DOW-UAP-D49, Launch Summary, Vandenberg AFB, 2000
Agency: Department of War
Incident date: 2/3/00
Page 79
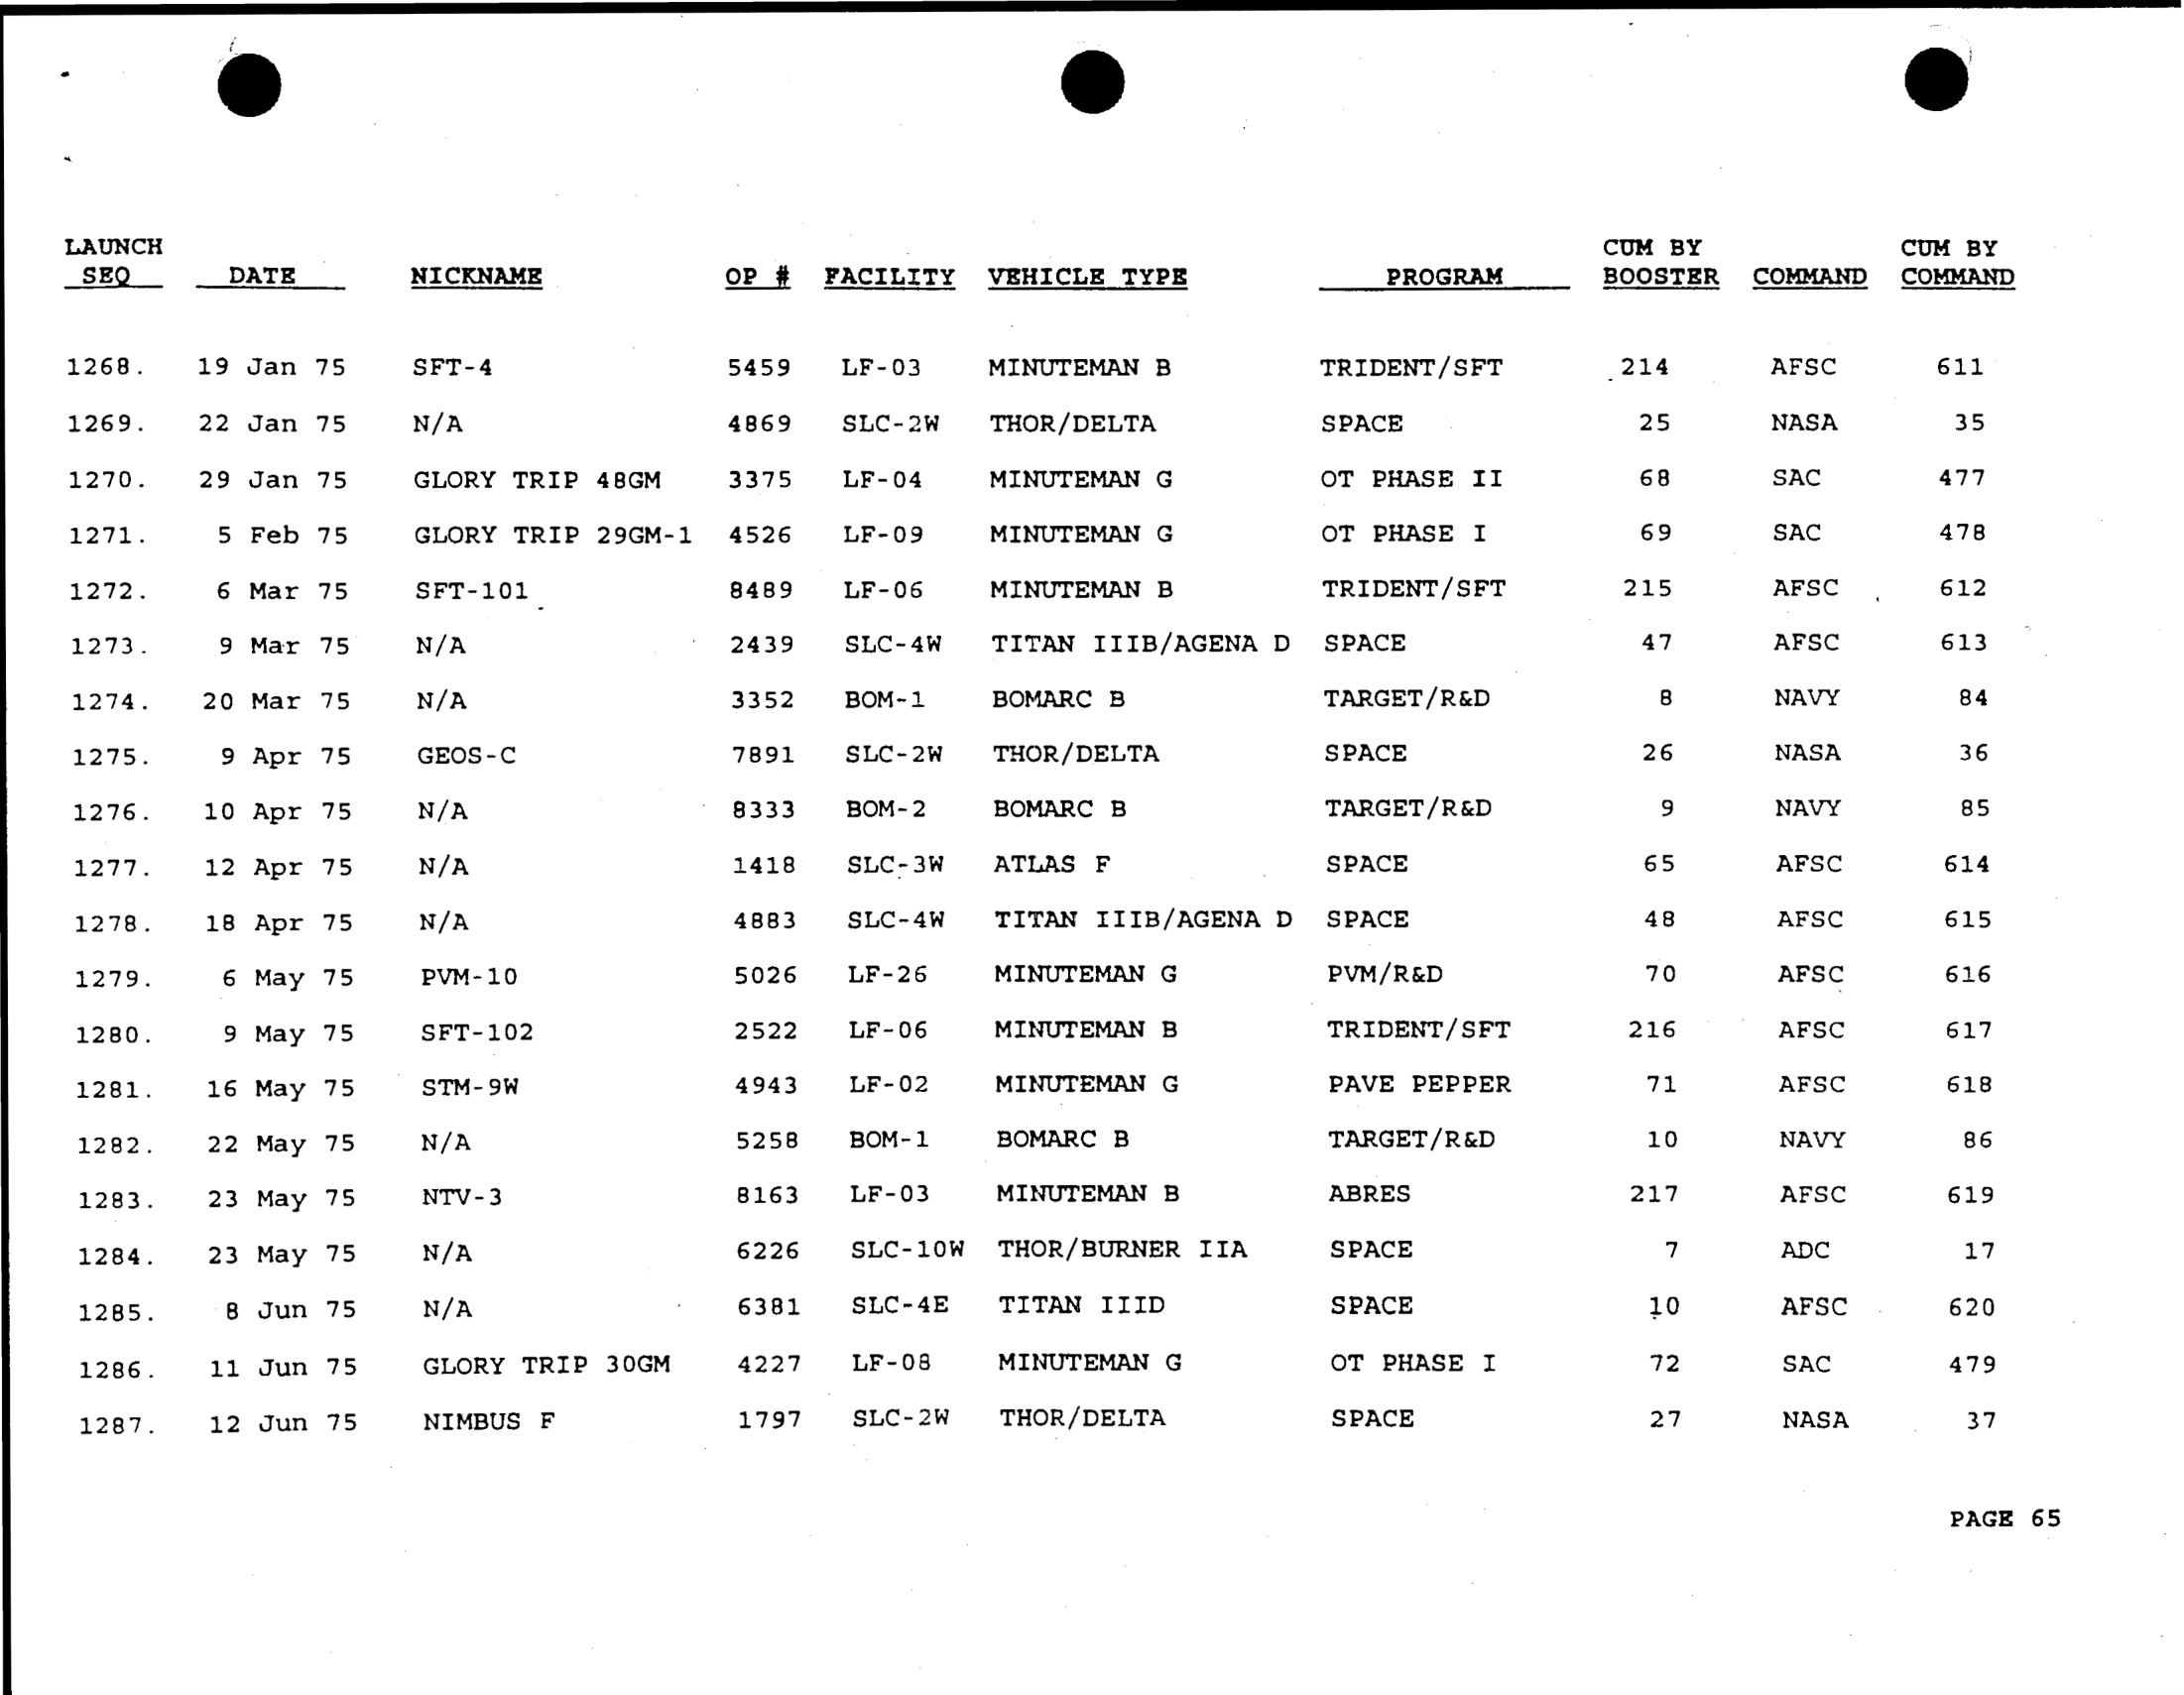